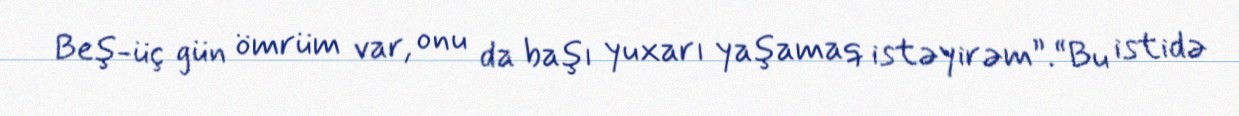
Beş-üç gün ömrüm var, onu da başı yuxarı yaşamaq istəyirəm”.“Bu istidə